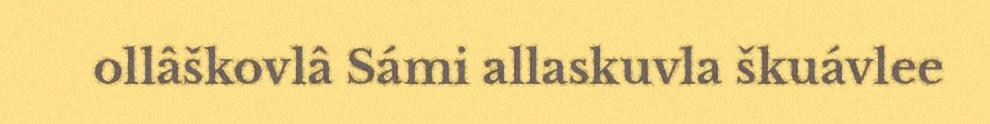
ollâškovlâ Sámi allaskuvla škuávlee